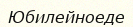
Юбилейноеде